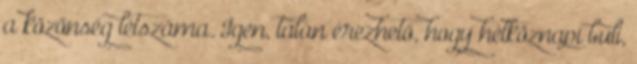
a közönség létszáma. Igen, talán érezhető, hogy hétköznapi buli,